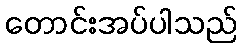
တောင်းအပ်ပါသည်